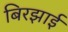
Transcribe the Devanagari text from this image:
बिरझाई